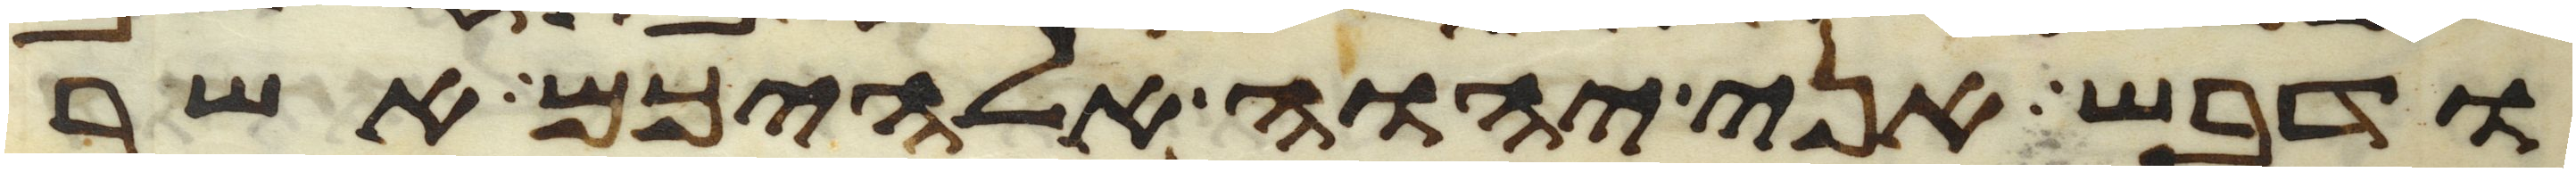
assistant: ודבש אני יהוה אלהיכם אשר